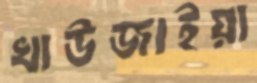
খাউজাইয়া